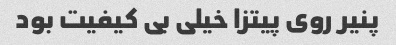
پنیر روی پیتزا خیلی بی کیفیت بود